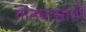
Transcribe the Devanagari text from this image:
गोठ्यासाठी